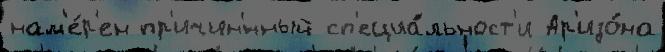
нам'е́р'ен пр'ичин'́нный сп'ециа́льност'и Ар'изо́на